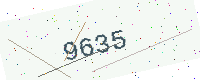
Text: 9635